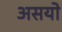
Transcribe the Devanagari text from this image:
असयो